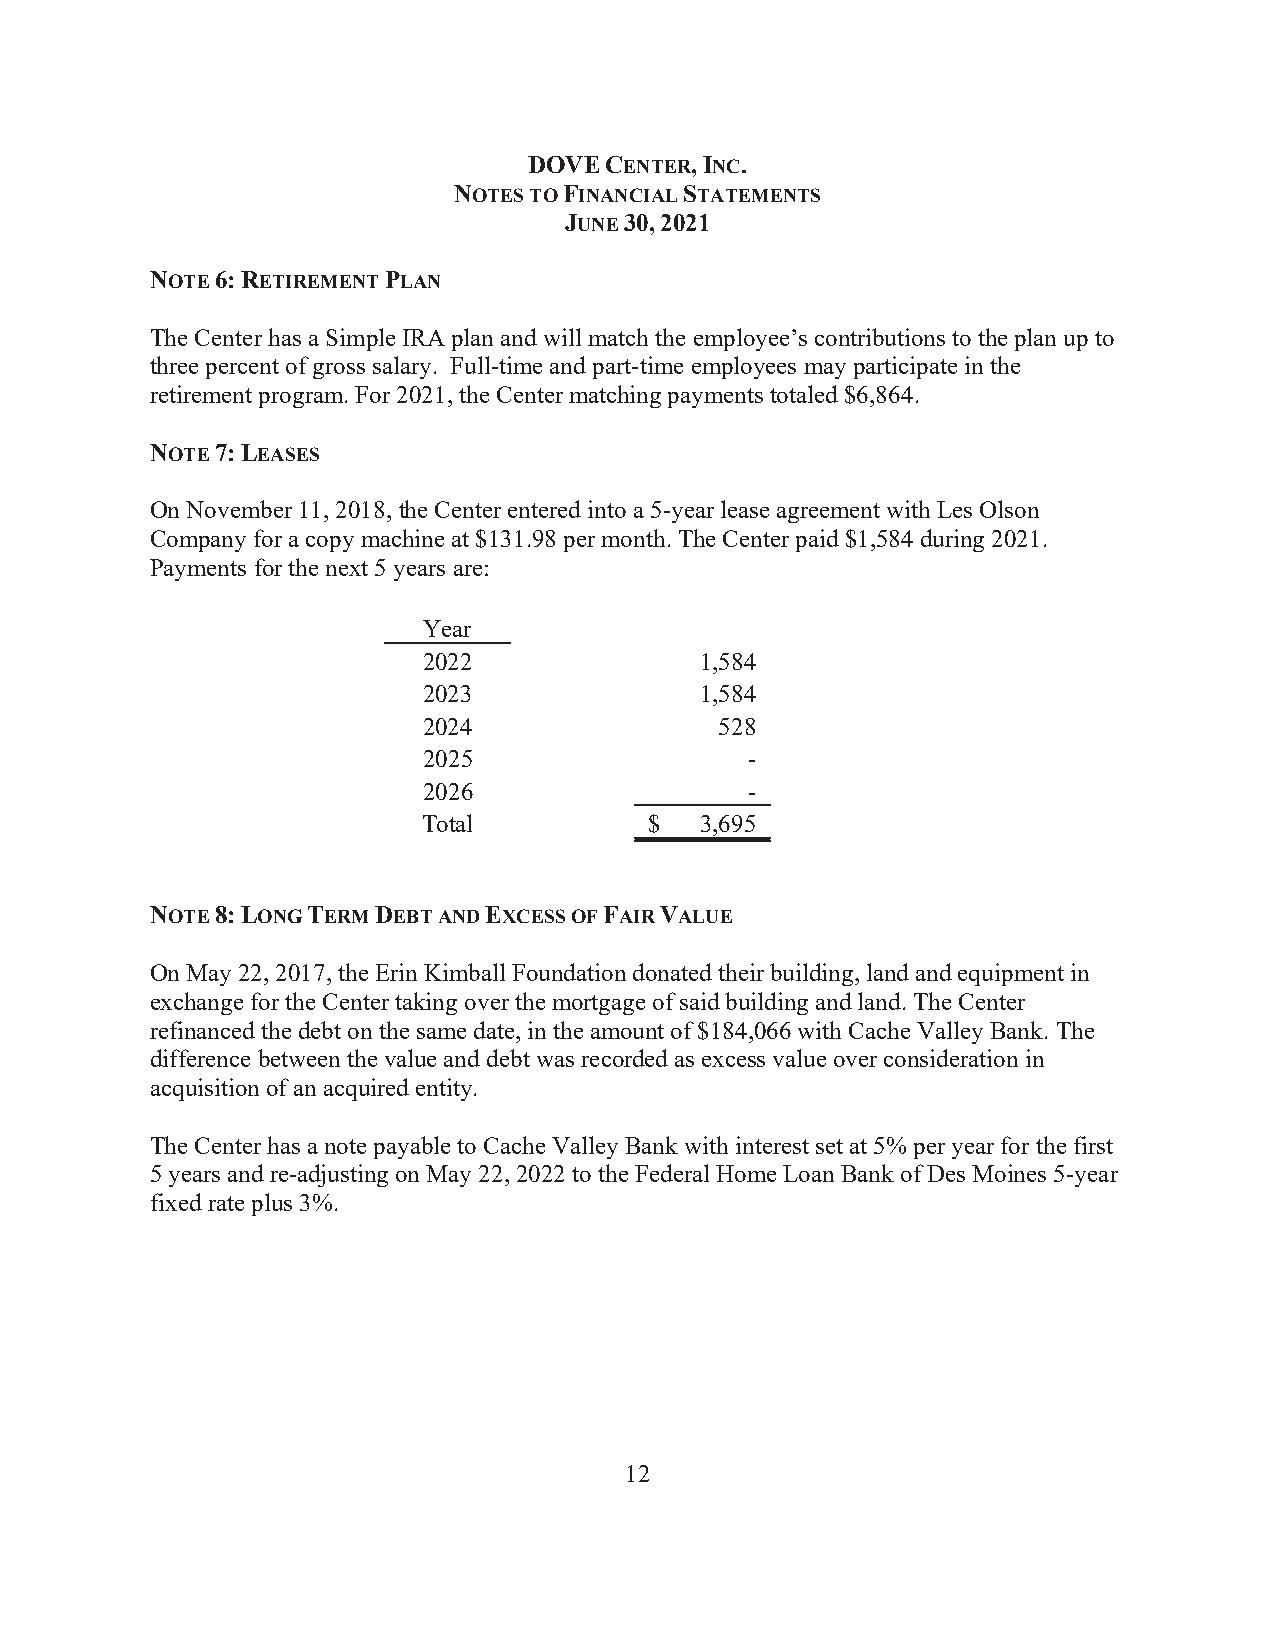
DOVE CENTER, INC.
 NOTES TO FINANCIAL STATEMENTS
 JUNE 30, 2021
 NOTE 6: RETIREMENT PLAN
 The Center has a Simple IRA plan and will match the employee’s contributions to the plan up to
 three percent of gross salary. Full-time and part-time employees may participate in the
 retirement program. For 2021, the Center matching payments totaled $6,864.
 NOTE 7: LEASES
 On November 11, 2018, the Center entered into a 5-year lease agreement with Les Olson
 Company for a copy machine at $131.98 per month. The Center paid $1,584 during 2021.
 Payments for the next 5 years are:
 Year
 2022              1,584
 2023              1,584
 2024                528
 2025                  -
 2026                  -
 Total          $  3,695
 NOTE 8: LONG TERM DEBT AND EXCESS OF FAIR VALUE
 On May 22, 2017, the Erin Kimball Foundation donated their building, land and equipment in
 exchange for the Center taking over the mortgage of said building and land. The Center
 refinanced the debt on the same date, in the amount of $184,066 with Cache Valley Bank. The
 difference between the value and debt was recorded as excess value over consideration in
 acquisition of an acquired entity.
 The Center has a note payable to Cache Valley Bank with interest set at 5% per year for the first
 5 years and re-adjusting on May 22, 2022 to the Federal Home Loan Bank of Des Moines 5-year
 fixed rate plus 3%.
 12